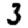
Digit: 3